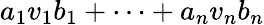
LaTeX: a_{1}v_{1}b_{1}+\cdots+a_{n}v_{n}b_{n}